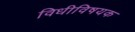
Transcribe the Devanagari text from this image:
विधीविषयक